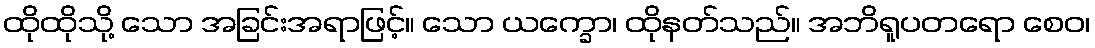
ထိုထိုသို့ သော အခြင်းအရာဖြင့်။ သော ယက္ခော၊ ထိုနတ်သည်။ အဘိရူပတရော စေဝ၊